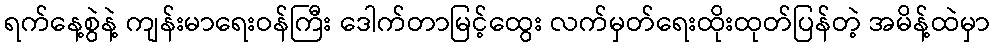
ရက်နေ့စွဲနဲ့ ကျန်းမာရေးဝန်ကြီး ဒေါက်တာမြင့်ထွေး လက်မှတ်ရေးထိုးထုတ်ပြန်တဲ့ အမိန့်ထဲမှာ